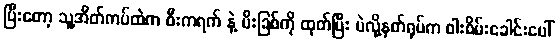
ပြီးတော့ သူ့အိတ်ကပ်ထဲက စီးကရက် နဲ့ မီးခြစ်ကို ထုတ်ပြီး ပဲလို့နတ်ရုပ်က ဝါးစိမ်းခေါင်းပေါ်